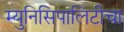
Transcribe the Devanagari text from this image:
म्युनिसिपालिटीचा